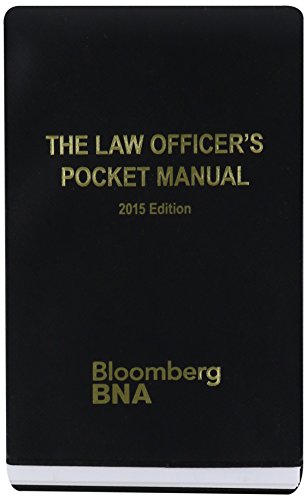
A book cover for The Law Officer's Pocket Manual 2015; John G. Miles; Law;